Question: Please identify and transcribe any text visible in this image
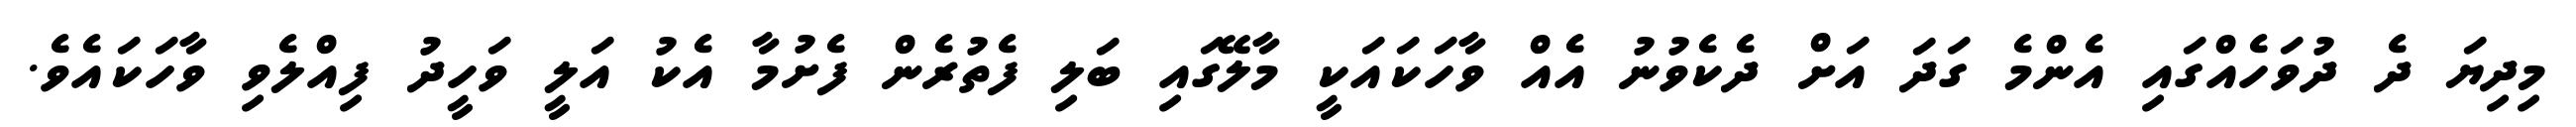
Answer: މިދިޔަ ދެ ދުވަހެއްގައި އެންމެ ގަދަ އަށް ދެކެވުނު އެއް ވާހަކައަކީ މާލޭގައި ބަލި ފެތުރެން ފެށުމާ އެކު އަލީ ވަހީދު ފިއްލެވި ވާހަކައެވެ.